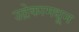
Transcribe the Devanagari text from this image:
उद्रेकामधून